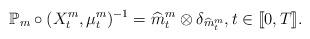
LaTeX: \begin{align*} \mathbb{P}_m\circ (X^m_t, \mu^m_t)^{-1}= \widehat{m}^m_t \otimes \delta_{\widehat{m}^m_t}, t \in[\![0, T]\!].\end{align*}